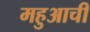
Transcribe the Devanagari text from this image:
महुआची